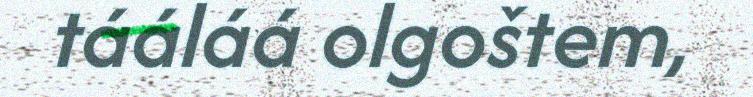
tááláá olgoštem,